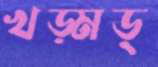
খড়্‌মড়্‌